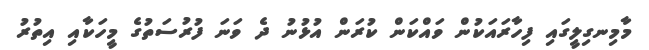
މާމިނގިލީގައި ފިހާރައަކުން ވައްކަން ކުރަން އުޅުނު ދެ ވަނަ ފުރުސަތުގެ މީހަކާއި އިތުރު